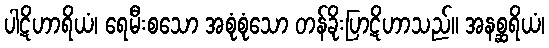
ပါဋိဟာရိယံ၊ ရေမီးစသော အစုံစုံသော တန်ခိုးပြာဋိဟာသည်။ အနစ္ဆရိယံ၊